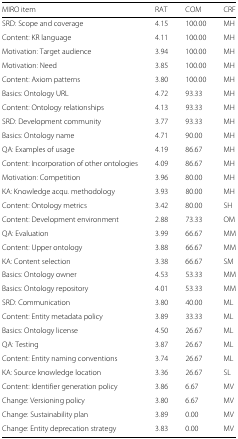
<table><thead><tr><td><b>MIRO item</b></td><td><b>RAT</b></td><td><b>COM</b></td><td><b>CRF</b></td></tr></thead><tbody><tr><td>SRD: Scope and coverage</td><td>4.15</td><td>100.00</td><td>MH</td></tr><tr><td>Content: KR language</td><td>4.11</td><td>100.00</td><td>MH</td></tr><tr><td>Motivation: Target audience</td><td>3.94</td><td>100.00</td><td>MH</td></tr><tr><td>Motivation: Need</td><td>3.85</td><td>100.00</td><td>MH</td></tr><tr><td>Content: Axiom patterns</td><td>3.80</td><td>100.00</td><td>MH</td></tr><tr><td>Basics: Ontology URL</td><td>4.72</td><td>93.33</td><td>MH</td></tr><tr><td>Content: Ontology relationships</td><td>4.13</td><td>93.33</td><td>MH</td></tr><tr><td>SRD: Development community</td><td>3.77</td><td>93.33</td><td>MH</td></tr><tr><td>Basics: Ontology name</td><td>4.71</td><td>90.00</td><td>MH</td></tr><tr><td>QA: Examples of usage</td><td>4.19</td><td>86.67</td><td>MH</td></tr><tr><td>Content: Incorporation of other ontologies</td><td>4.09</td><td>86.67</td><td>MH</td></tr><tr><td>Motivation: Competition</td><td>3.96</td><td>80.00</td><td>MH</td></tr><tr><td>KA: Knowledge acqu. methodology</td><td>3.93</td><td>80.00</td><td>MH</td></tr><tr><td>Content: Ontology metrics</td><td>3.42</td><td>80.00</td><td>SH</td></tr><tr><td>Content: Development environment</td><td>2.88</td><td>73.33</td><td>OM</td></tr><tr><td>QA: Evaluation</td><td>3.99</td><td>66.67</td><td>MM</td></tr><tr><td>Content: Upper ontology</td><td>3.88</td><td>66.67</td><td>MM</td></tr><tr><td>KA: Content selection</td><td>3.38</td><td>66.67</td><td>SM</td></tr><tr><td>Basics: Ontology owner</td><td>4.53</td><td>53.33</td><td>MM</td></tr><tr><td>Basics: Ontology repository</td><td>4.01</td><td>53.33</td><td>MM</td></tr><tr><td>SRD: Communication</td><td>3.80</td><td>40.00</td><td>ML</td></tr><tr><td>Content: Entity metadata policy</td><td>3.89</td><td>33.33</td><td>ML</td></tr><tr><td>Basics: Ontology license</td><td>4.50</td><td>26.67</td><td>ML</td></tr><tr><td>QA: Testing</td><td>3.87</td><td>26.67</td><td>ML</td></tr><tr><td>Content: Entity naming conventions</td><td>3.74</td><td>26.67</td><td>ML</td></tr><tr><td>KA: Source knowledge location</td><td>3.36</td><td>26.67</td><td>SL</td></tr><tr><td>Content: Identifier generation policy</td><td>3.86</td><td>6.67</td><td>MV</td></tr><tr><td>Change: Versioning policy</td><td>3.80</td><td>6.67</td><td>MV</td></tr><tr><td>Change: Sustainability plan</td><td>3.89</td><td>0.00</td><td>MV</td></tr><tr><td>Change: Entity deprecation strategy</td><td>3.83</td><td>0.00</td><td>MV</td></tr></tbody></table>